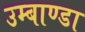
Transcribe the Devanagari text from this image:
उम्बाण्डा